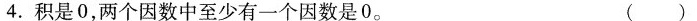
4.积是0，两个因数中至少有一个因数是0。 ()